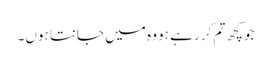
جو کچھ تم کر رہے ہو وہ میں جانتا ہوں۔